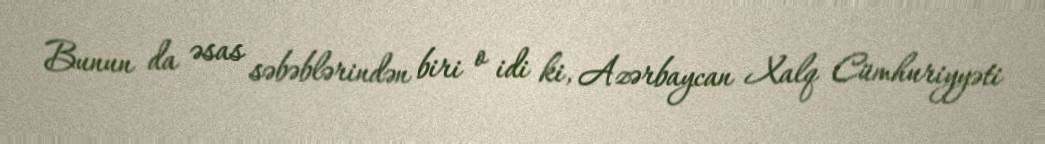
Bunun da əsas səbəblərindən biri o idi ki, Azərbaycan Xalq Cümhuriyyəti